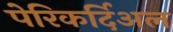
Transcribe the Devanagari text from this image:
पेरिकर्दिअल